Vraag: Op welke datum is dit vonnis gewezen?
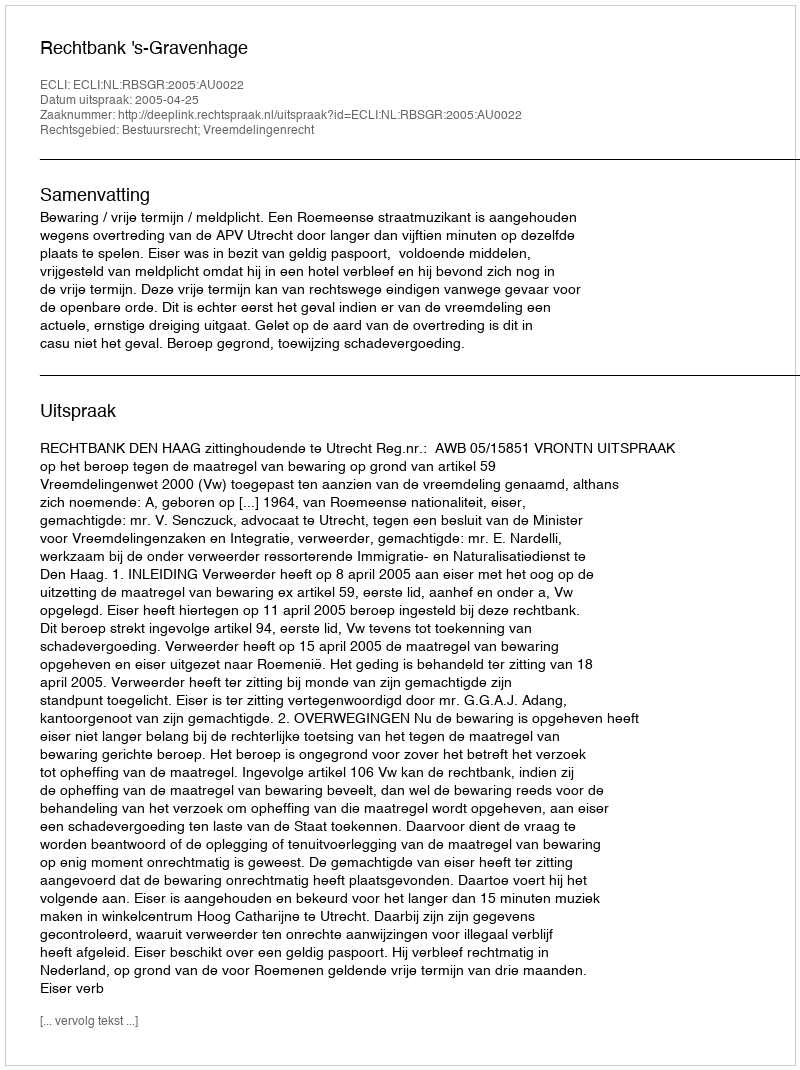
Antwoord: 2005-04-25